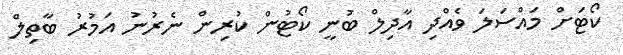
ކޯޓަށް މައްސަލަ ވެއްދި އާދިލް ބުނީ ކޯޓުން ކުރިން ނެރުނު އަމުރު ބާތިލް